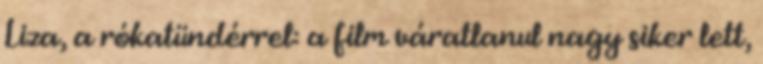
Liza, a rókatündérrel: a film váratlanul nagy siker lett,